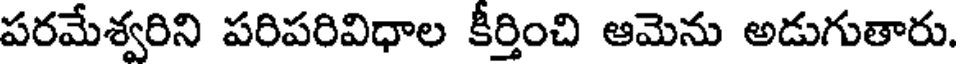
పరమేశ్వరిని పరిపరివిధాల కీర్తించి ఆమెను అడుగుతారు.